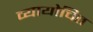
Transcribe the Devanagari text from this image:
व्यायोचित